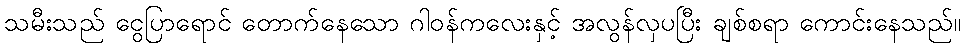
သမီးသည် ငွေပြာရောင် တောက်နေသော ဂါဝန်ကလေးနှင့် အလွန်လှပပြီး ချစ်စရာ ကောင်းနေသည်။